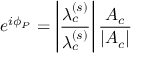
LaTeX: e ^ { i \phi _ { P } } = \left| \frac { \lambda _ { c } ^ { ( s ) } } { \lambda _ { c } ^ { ( s ) } } \right| \frac { A _ { c } } { | A _ { c } | }